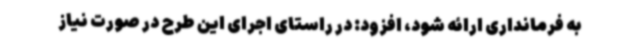
به فرمانداری ارائه شود، افزود: در راستای اجرای این طرح در صورت نیاز